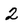
Character: 2